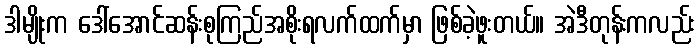
ဒါမျိုးက ဒေါ်အောင်ဆန်းစုကြည်အစိုးရလက်ထက်မှာ ဖြစ်ခဲ့ဖူးတယ်။ အဲဒီတုန်းကလည်း